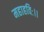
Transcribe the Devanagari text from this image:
महाहविः।।